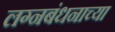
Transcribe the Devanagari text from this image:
लग्नबंधनाच्या